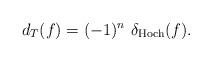
LaTeX: \begin{align*}d_T (f) = (-1)^n~ \delta_{\mathrm{Hoch}} (f).\end{align*}